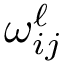
\omega _ { i j } ^ { \ell }